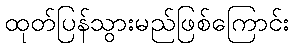
ထုတ်ပြန်သွားမည်ဖြစ်ကြောင်း